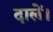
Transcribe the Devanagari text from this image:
दालें।